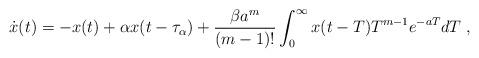
LaTeX: \begin{align*}\dot{x}(t) = -x(t) + \alpha x(t-\tau_\alpha) + \frac{\beta a^m}{(m-1)!}\int_{0}^{\infty}x(t-T)T^{m-1}e^{-aT}dT\;,\end{align*}